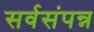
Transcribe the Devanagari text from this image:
सर्वसंपन्न